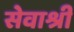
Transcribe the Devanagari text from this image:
सेवाश्री